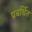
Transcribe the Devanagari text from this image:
प्रबर्धित